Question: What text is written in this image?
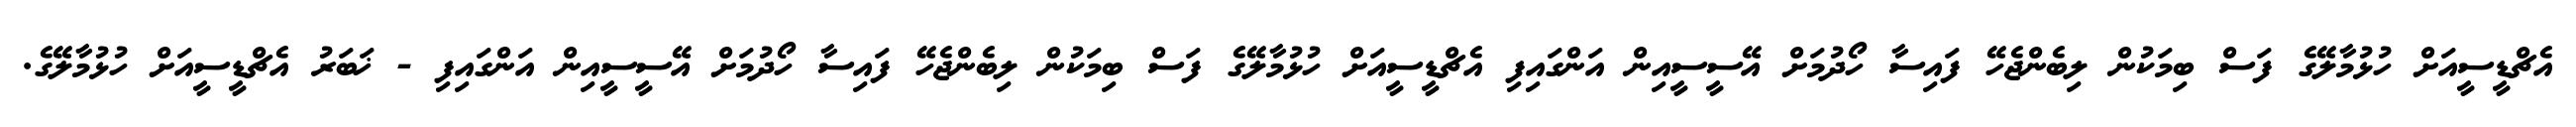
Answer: އެޗްޑީސީއަށް ހުޅުމާލޭގެ ފަސް ބިމަކުން ލިބެންޖެހޭ ފައިސާ ހޯދުމަށް އޭސީސީއިން އަންގައިފި އެޗްޑީސީއަށް ހުޅުމާލޭގެ ފަސް ބިމަކުން ލިބެންޖެހޭ ފައިސާ ހޯދުމަށް އޭސީސީއިން އަންގައިފި - ޚަބަރު އެޗްޑީސީއަށް ހުޅުމާލޭގެ.